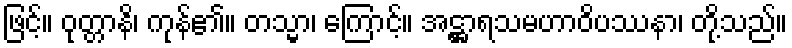
ဖြင့်။ ဝုတ္တာနိ၊ ကုန်၏။ တသ္မာ၊ ကြောင့်။ အဋ္ဌာရသမဟာဝိပဿနာ၊ တို့သည်။